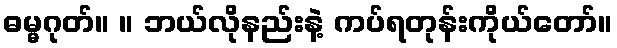
ဓမ္မဂုတ်။ ။ ဘယ်လိုနည်းနဲ့ ကပ်ရတုန်းကိုယ်တော်။